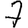
Digit: 7